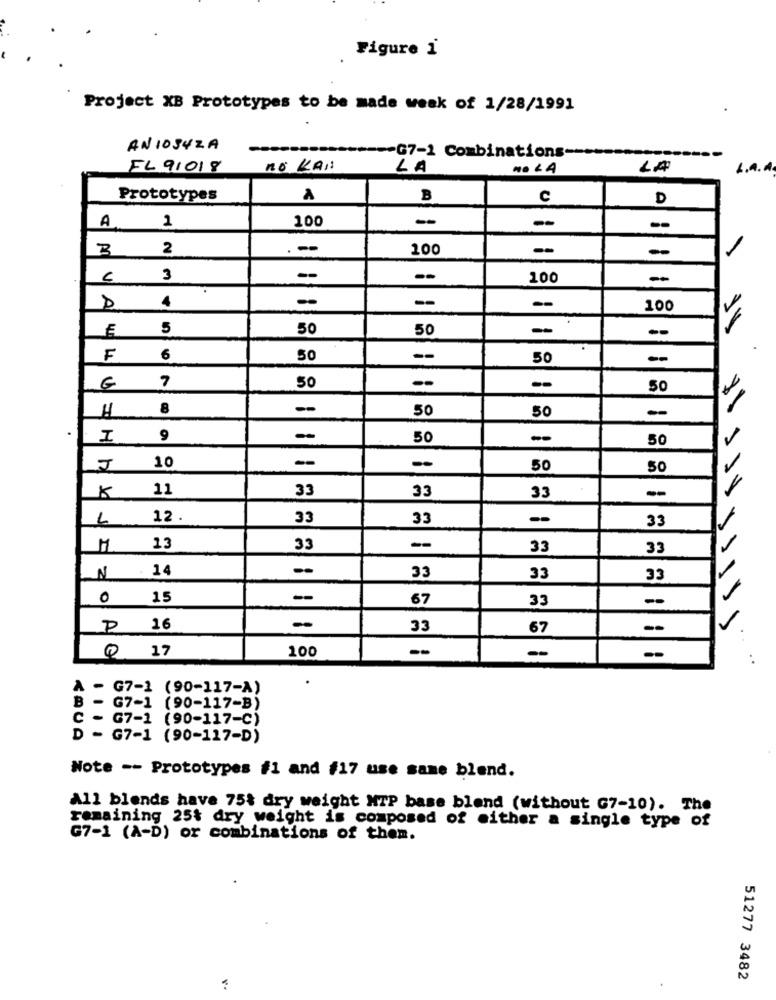
Figure 1
Project XB Prototypes to be made week of 1/28/1991
ANIOS4ZA
-- G7-1 Combinations -----
FL 91018
no KAN:
LA
NO LA
LA
L.A.A.
Prototypes
A
B
C
D
-
A
1
100
-
--
3
2
...
200
--
-
フ
3
-
--
100
-
4
-
--
--
100
5
50
50
--
F
6
50
--
50
-
--
7
50
50
H
8
-
50
50
I
9
50
--
50
-
J
10
50
50
11
33
33
K
33
L
12.
33
33
-
33
13
33
--
33
33
14
..
N
33
33
33
0
15
--
67
33
P 16
33
67
--
Q 17
100
-
-
A - G7-1 (90-117-A)
B - G7-1 (90-117-B)
C - G7-1 (90-117-C)
D - G7-1 (90-117-D)
Note -- Prototypes #1 and #17 use same blend.
All blends have 75t dry weight MTP base blend (without G7-10). The
remaining 25% dry weight is composed of either a single type of
G7-1 (A-D) or combinations of them.
51277 3482